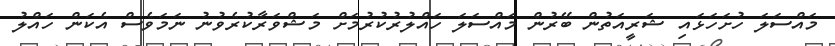
މައްސަލަ ހުށަހަޅައި ޝަރީއަތުން ބޭރުން މައްސަލަ ހައްލުރުކުރުމަށް މަޝްވަރާކުރެވުނު ނަމަވެސް އެކަން ހައްލު